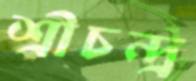
শ্রীচন্দ্র